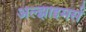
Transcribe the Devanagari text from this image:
अल्झाइमर्स